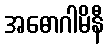
အဓောဂါမိနီ